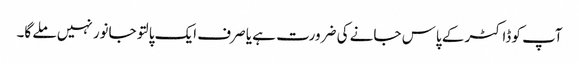
آپ کو ڈاکٹر کے پاس جانے کی ضرورت ہے یا صرف ایک پالتو جانور نہیں ملے گا۔